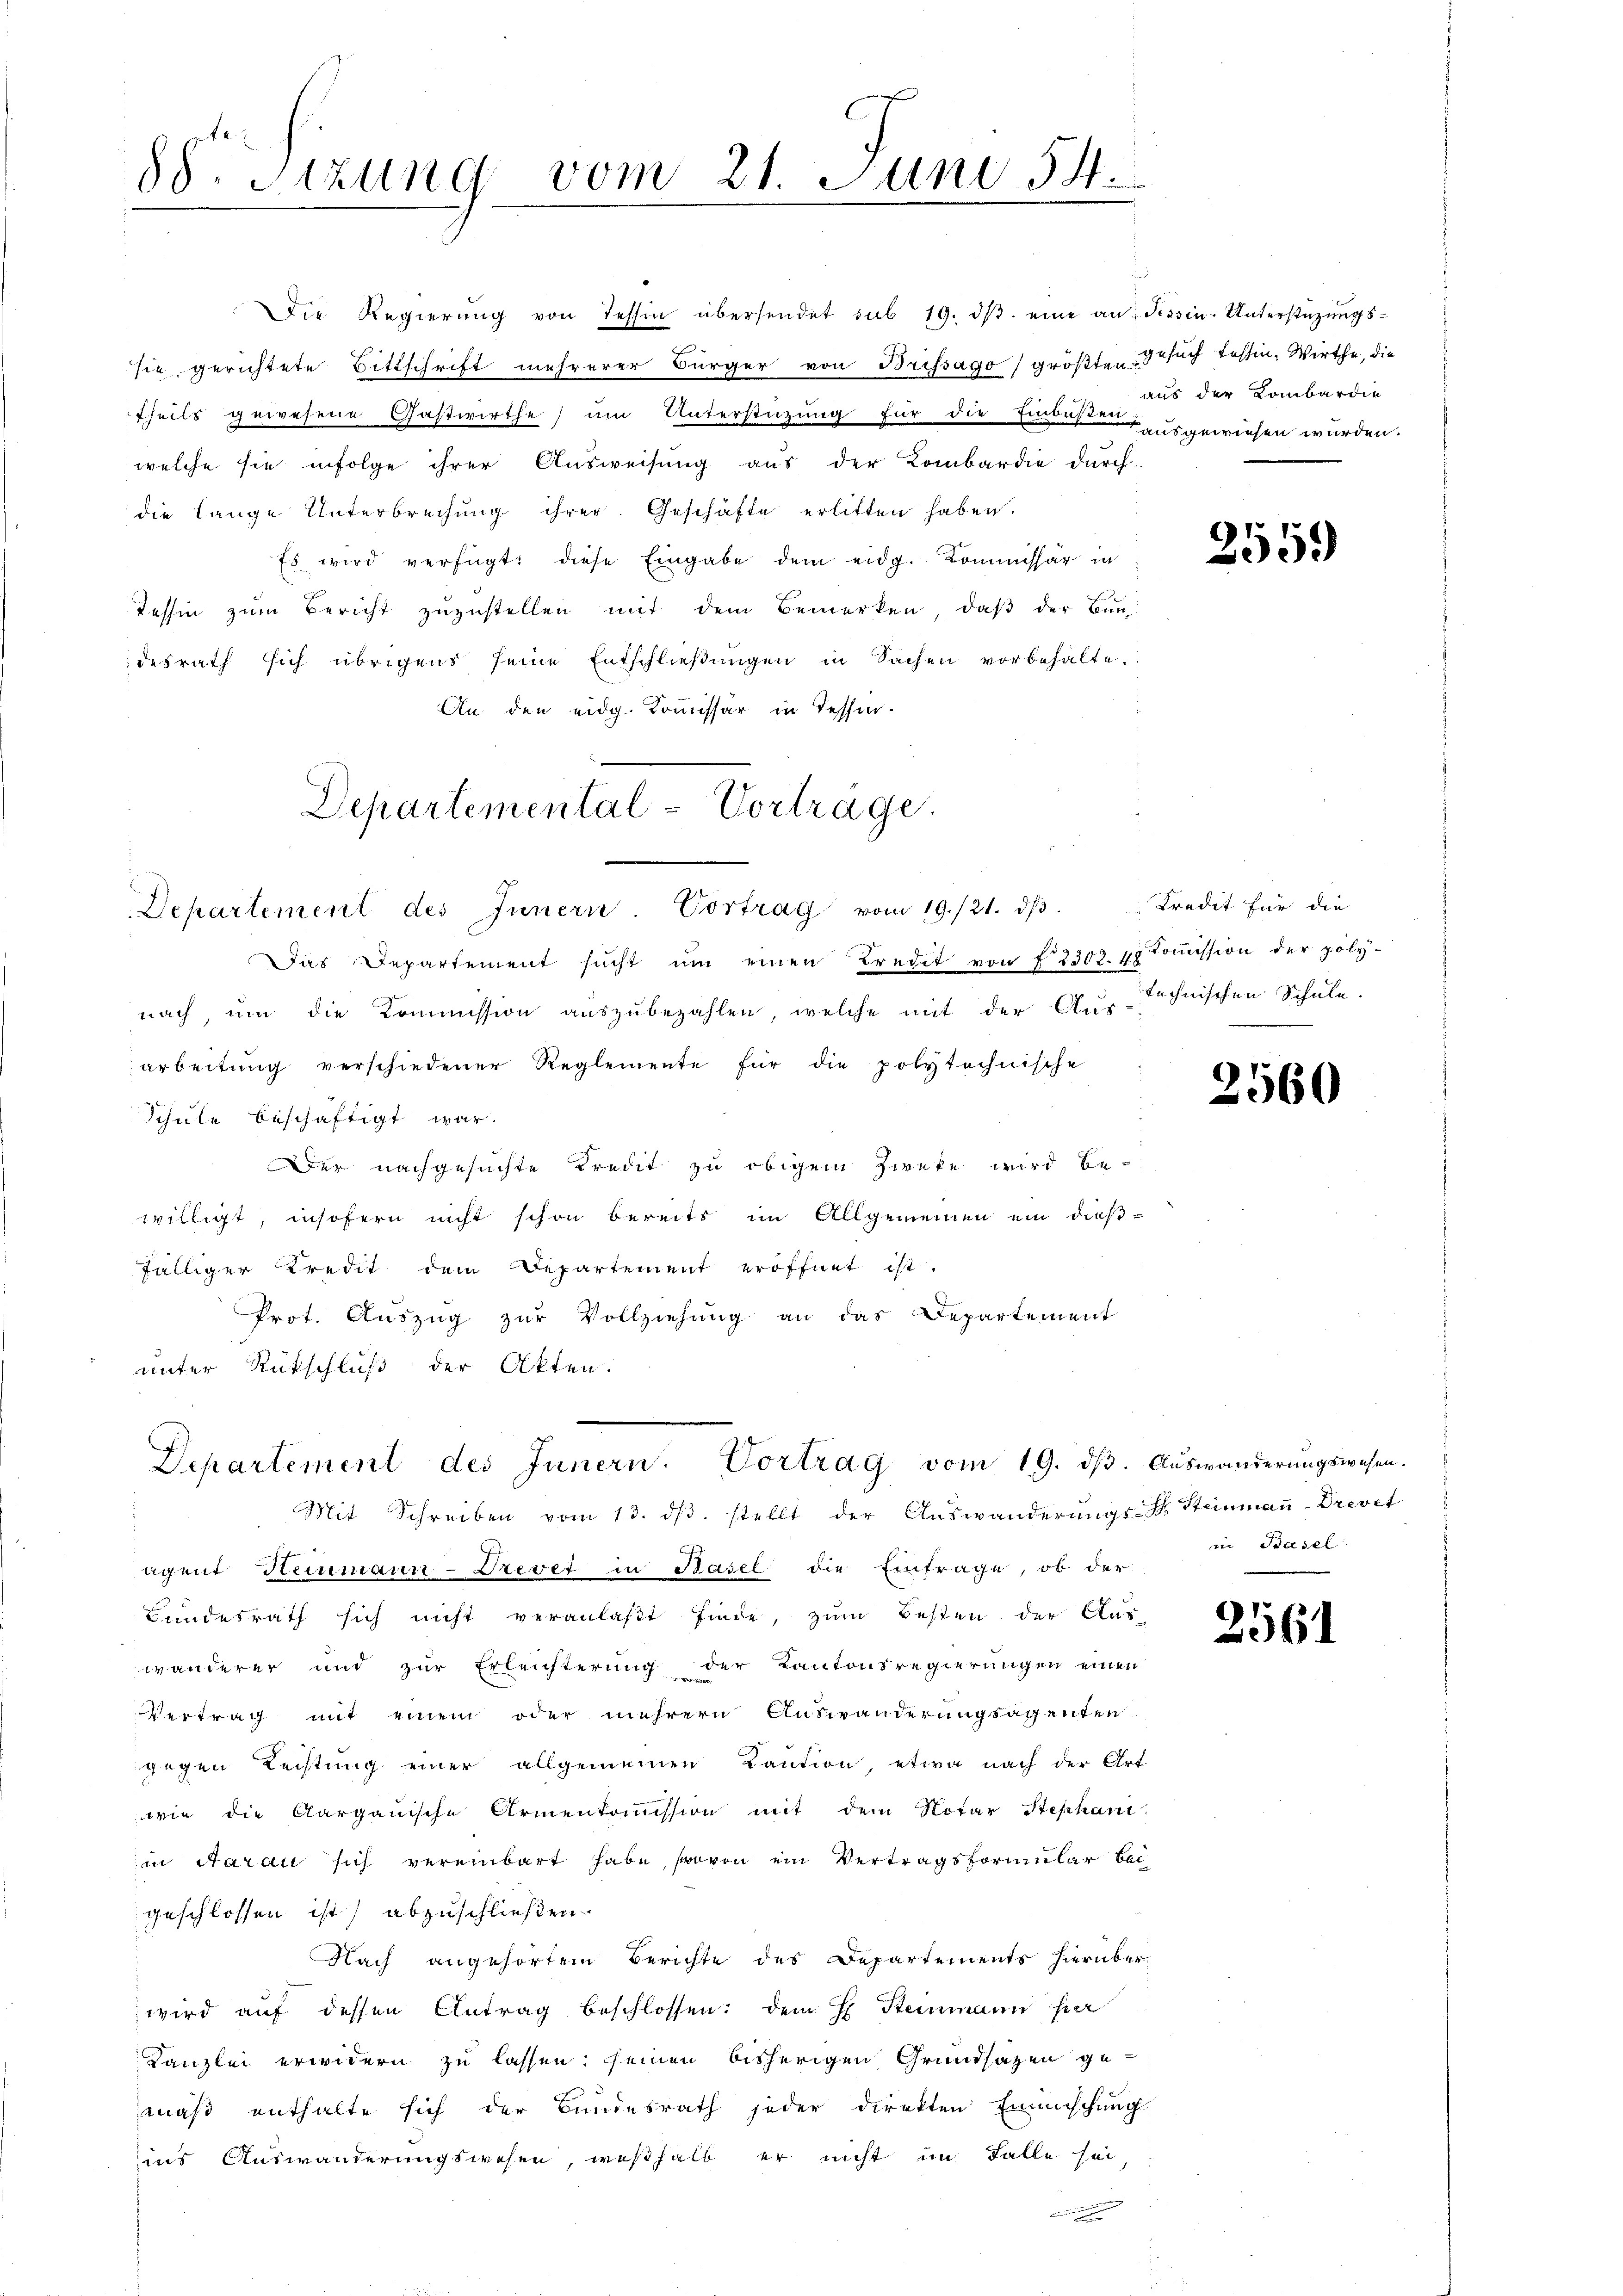
88. Sitzung vom 21. Juni 54.

Die Regierŭng von Tessin übersendet sub 19. dβ eine an Tessin-Unterstüzungssie gerichtete Bittschrift mehrerer Bürger von Brissago (größten Gesuch Tessin. Wirthe, die
theils gewesene Gastwirthe um Unterstüzung für die Einsich ausgewiesen wurden.
welche sie infolge ihrer Ausweisung aus der Lombardie durch-
die lange Unterbrechung ihrer. Geschäfte erlitten haben.
Es wird verfügt: diese Eingabe dem eidg. Kommissär in
Tessin zum Bericht zuzustellen mit dem Bemerken, daβ der Bun
desrath sich übrigens seine Entschlieβŭngen in Sachen vorbehalte.
An den eidg. Kommissär in Tessin.

Departemental-Vortrage.

Departement des Innern. Vortrag vom 19. dβ. Auswanderungswesen.
Mit Schreiben vom 13. dβ. stellt der Auswanderungs- Steinmann-Drevet

Departement des Innern. Vortrag vom 19./21. dβ
Das Departement sucht um einen Kredit von § 2303. 4. Kommission der poly-
nach, um die Kommission auszubezahlen, welche mit der Ausschnischen Schule.
arbeitŭng verschiedener Reglemente für die polytechnische
Schule beschäftigt war.
Der nachgesuchte Kredit zu obigem Zweke wird be-
willigt, insofern nicht schon bereits im Allgemeinen ein dießfälliger Kredit dem Departement eröffnet ist.
Prot. Auszug zur Vollziehung an das Departement
unter Rückschluß der Akten.
agent Heinmann-Frevet in Basel die Eintrage, ob der
Bundesrath sich nicht veranlaßt finde, zum Besten der Aus-
wanderer und zur Erleichterung der Kantonsregierungen einen
Vertrag mit einem oder mehrern Auswanderungsagenten
gegen Leistung einer allgemeinen Caution, etwa nach der Art
wie die Aargauische Armenkoṁission mit dem Notar Stephant
in Aarau sich vereinbart habe, wovon ein Vertragsformular bei
geschlossen ist abzuschließen.
Nach angehörtem Berichte des Departements hierüber
wird auf dessen Antrag beschlossen: dem H. Steinmann ha
Kanzlei erwidern zu lassen seinen bisherigen Grundsatzen gemäß enthalte sich der Bundesrath jeder direkten Emmschung
ins Auswanderungswesen, weßhalb er nicht im Falle sei

aus der Lombardin

2559

Kredit für die

2560

i Basel.

2561